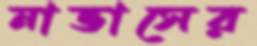
নাভাসের